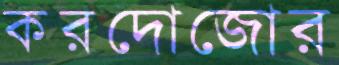
করদোজোর